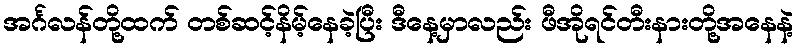
အင်္ဂလန်တို့ထက် တစ်ဆင့်နိမ့်နေခဲ့ပြီး ဒီနေ့မှာလည်း ဖီအိုရင်တီးနားတို့အနေနဲ့